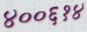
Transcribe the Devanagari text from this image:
४००६१४